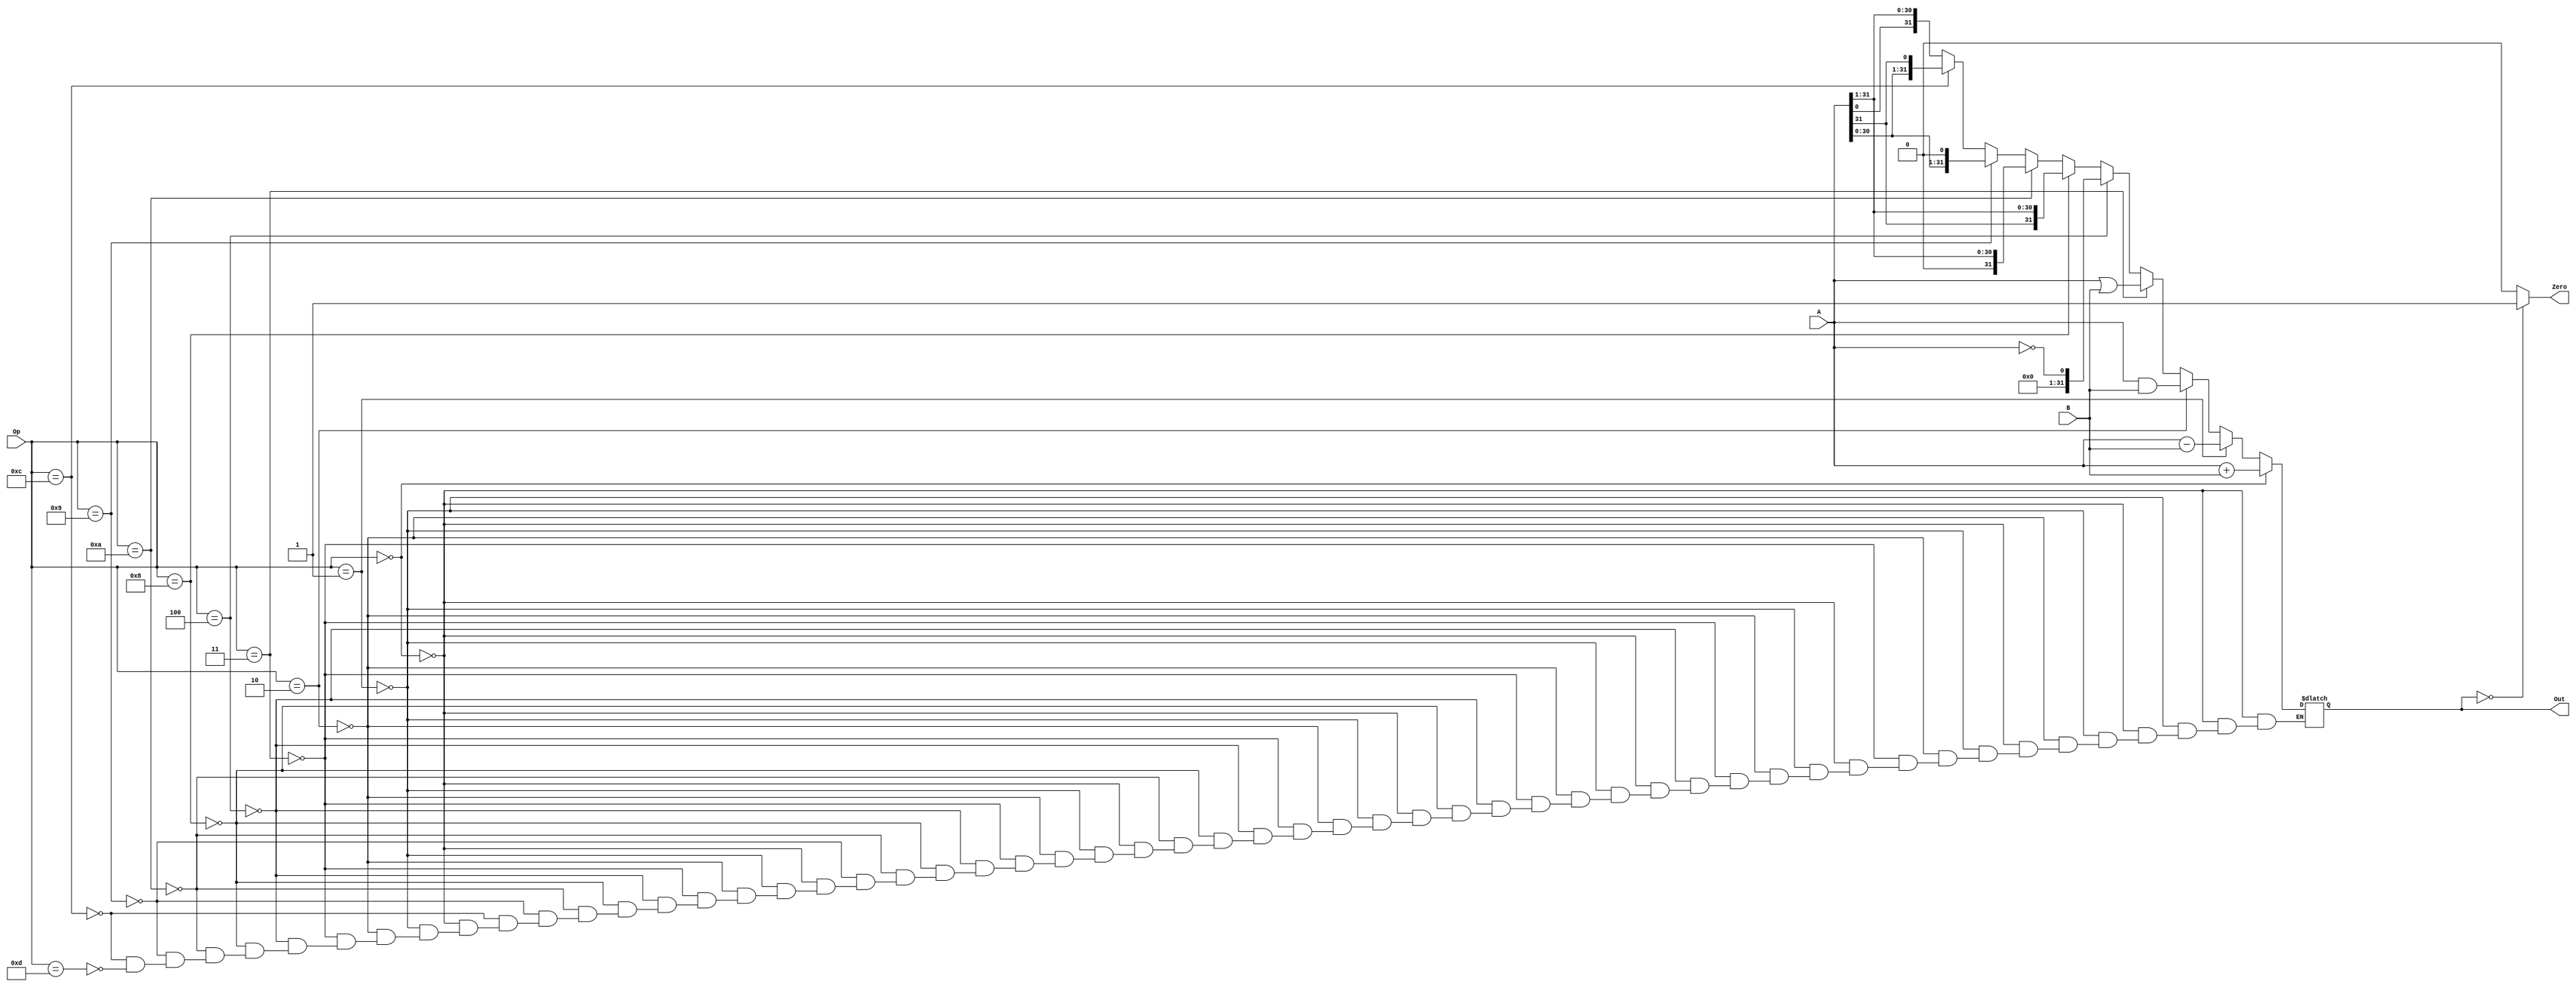
`timescale 1ns / 1ps

module ALU(
    input [31:0] A,
    input [31:0] B,
    input [3:0] Op,
    output reg[31:0] Out,
    output reg Zero
    );
	
	
	reg temp;
	reg [31:0] temp_32;
	
	/* 
		Implementation of ALU with else-if conditions.
		Controlling based on Op input what's the operation
		we need to execute.
	*/
	
	always @(*)begin

		// Add Operation
		if(Op == 4'b0000)begin
			Out = A + B;
			
		// Sub Operation
		end else if (Op == 4'b0001)begin
			Out = A - B;
			
		// And Operation
		end else if (Op == 4'b0010)begin
			Out = A & B;
			
		// Or Operation
		end else if (Op == 4'b0011)begin
			$display("ALU");
			$display("I am in OR");
			Out = A | B;
			
		// Reversal Operation
		end else if (Op == 4'b0100)begin
			Out = !A;
		
		// Arithmetic Right Shift Operation
		end else if (Op == 4'b1000)begin
			temp = A[31];          // Storing MSB of A
			temp_32 = A>>1;        // Shifting
			temp_32[31] = temp;    // Assigning the MSB which was stored
			Out = temp_32;
		
		// Logic Right Shift Operation
		end else if (Op == 4'b1010)begin
			Out = A>>1;
		
		// Logic Left Shift Operation
		end else if (Op == 4'b1001)begin
			Out = A<<1;
		
		// Circular Left Shift Operation
		end else if (Op == 4'b1100)begin
			temp = A[31];          // Storing MSB of A
			temp_32 = A<<1;        // Shifting
			temp_32[0] = temp;     // Assigning the MSB which was stored in the LSB
			Out = temp_32;
			
		// Circular Right Shift Operation
		end else if (Op == 4'b1101)begin
			temp = A[0];           // Storing MSB of A
			temp_32 = A>>1;        // Shifting
			temp_32[31] = temp;    // Assigning the LSB which was stored in the MSB 
			Out = temp_32;
		end
		$display("==================");
		$display("func = %b",Op);
		$display("A = %d, B = %d",A, B);
		$display("Alu Out = %d",Out);
		$display("==================\n");
	end
	
	always @(*)
	if (Out == 32'd0)begin
		Zero = 1;
	end else begin
		Zero = 0;
	end
	
endmodule